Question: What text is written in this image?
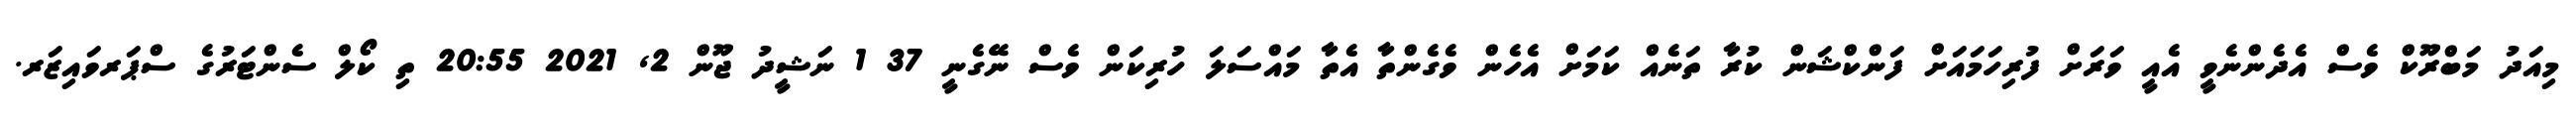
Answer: މިއަދު މަބްރޫކް ވެސް އެދެންނެވީ އެއީ ވަރަށް ފުރިހަމައަށް ފަންކްޝަން ކުރާ ތަނެއް ކަމަށް އެހެން ވެގެންތާ އެތާ މައްސަލަ ހުރިކަން ވެސް ނޭގެނީ 37 1 ނަޝީދު ޖޫން 2, 2021 20:55 ތި ކޯލް ސެންޓަރުގެ ސްޕަރވައިޒަރ.